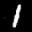
Label: 1